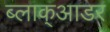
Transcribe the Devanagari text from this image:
ब्लाक्आडर